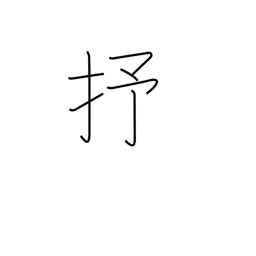
Meaning: 10**24